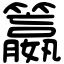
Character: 籝